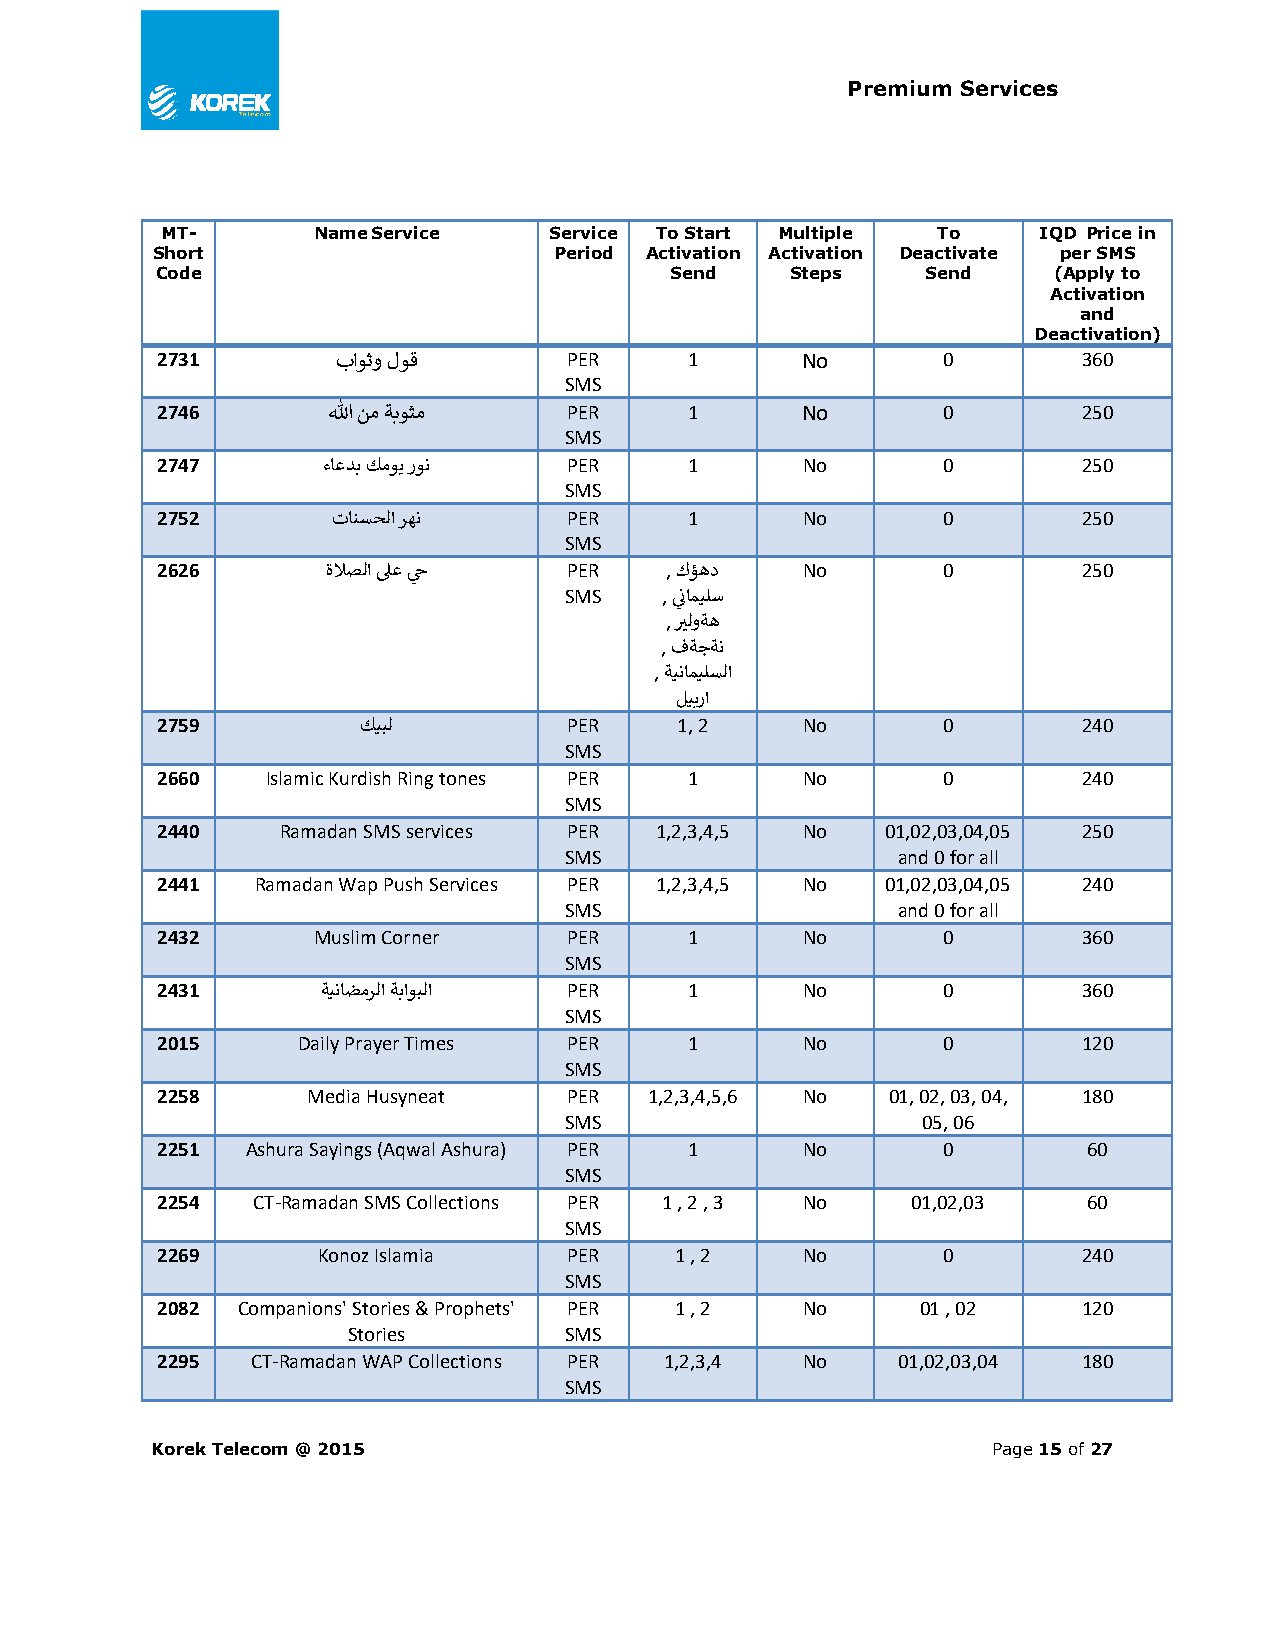
Premium Services
 MT-       Name Service   Service To Start Multiple To     IQD Price in
 Short                      Period Activation Activation Deactivate per SMS
 Code                              Send    Steps    Send     (Apply to
 Activation
 and
 Deactivation)
 2731        باوثو لوق       PER     1      No       0         360
 SMS
 2746        الله نم ةبوثم   PER     1      No       0         250
 SMS
 2747       ءاعدب كموي رون   PER     1      No       0         250
 SMS
 2752        تانسحلا رهن     PER     1      No       0         250
 SMS
 2626        ةلاصلا لىع ح    PER   , كؤهد   No       0         250
 SMS    , ن اميلس
 , برلوةه
 , فةجةن
 , ةيناميلسلا
 ليبرا
 2759          كيبل          PER    1, 2    No       0         240
 SMS
 2660    Islamic Kurdish Ring tones PER 1   No       0         240
 SMS
 2440     Ramadan SMS services PER 1,2,3,4,5 No   01,02,03,04,05 250
 SMS                   and 0 for all
 2441   Ramadan Wap Push Services PER 1,2,3,4,5 No 01,02,03,04,05 240
 SMS                   and 0 for all
 2432       Muslim Corner    PER     1      No       0         360
 SMS
 2431       ةيناضمرلا ةباوبلا PER    1      No       0         360
 SMS
 2015      Daily Prayer Times PER    1      No       0         120
 SMS
 2258      Media Husyneat    PER  1,2,3,4,5,6 No  01, 02, 03, 04, 180
 SMS                     05, 06
 2251  Ashura Sayings (Aqwal Ashura) PER 1  No       0         60
 SMS
 2254   CT-Ramadan SMS Collections PER 1 , 2 , 3 No 01,02,03   60
 SMS
 2269       Konoz Islamia    PER    1 , 2   No       0         240
 SMS
 2082  Companions' Stories & Prophets' PER 1 , 2 No 01 , 02    120
 Stories       SMS
 2295   CT-Ramadan WAP Collections PER 1,2,3,4 No 01,02,03,04  180
 SMS
 Korek Telecom @ 2015                                    Page 15 of 27